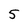
Character: 5